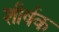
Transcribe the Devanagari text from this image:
शीर्षक